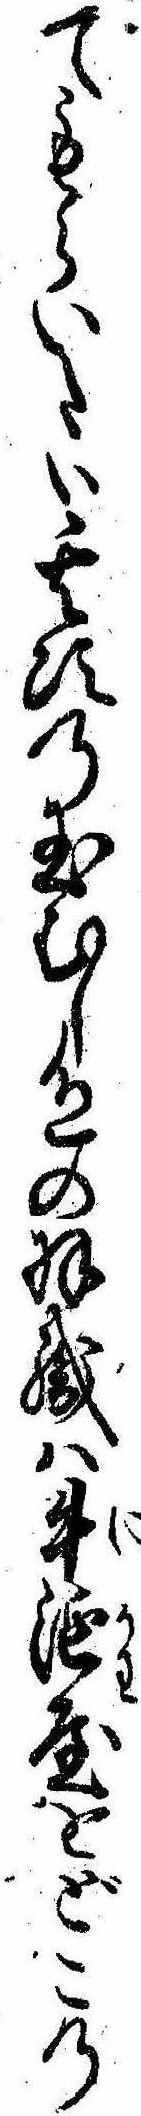
てもらいたい其次の玉むし色の羽織は牛涎屋をどこの